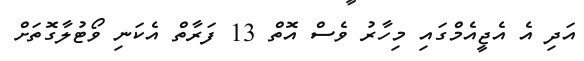
އަދި އެ އެޖީއެމްގައި މިހާރު ވެސް އޮތް 13 ފަރާތް އެކަނި ވޯޓުލާގޮތަށް